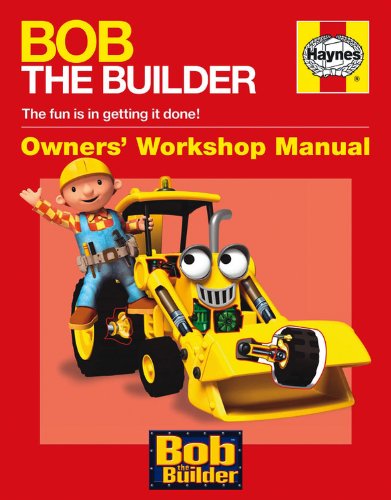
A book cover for Bob the Builder Manual (Haynes Owners Workshop Manuals); Derek Smith; Children's Books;